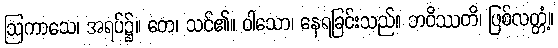
ဩကာသေ၊ အရပ်၌။ တေ၊ သင်၏။ ဝါသော၊ နေရခြင်းသည်။ ဘဝိဿတိ၊ ဖြစ်လတ္တံ့။